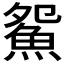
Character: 𱆪